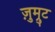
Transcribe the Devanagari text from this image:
ज़ुम्रुट